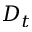
D _ { t }